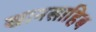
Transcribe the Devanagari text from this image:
खानसाहिब